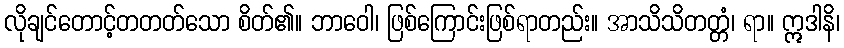
လိုချင်တောင့်တတတ်သော စိတ်၏။ ဘာဝေါ၊ ဖြစ်ကြောင်းဖြစ်ရာတည်း။ အာသိသိတတ္တံ၊ ရာ။ ဣဒါနိ၊